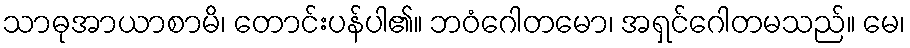
သာဓုအာယာစာမိ၊ တောင်းပန်ပါ၏။ ဘဝံဂေါတမော၊ အရှင်ဂေါတမသည်။ မေ၊